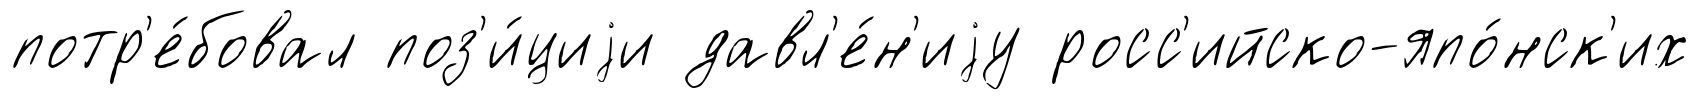
потр'е́бовал поз'и́циjи давл'е́н'иjу росс'ийско-япо́нск'их